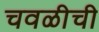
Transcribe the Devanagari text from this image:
चवळीची